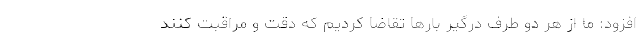
افزود: ما از هر دو طرف درگیر بارها تقاضا کردیم که دقت و مراقبت کنند